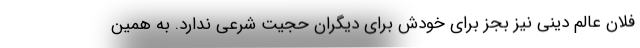
فلان عالم دینی نیز بجز برای خودش برای دیگران حجیت شرعی ندارد. به همین